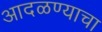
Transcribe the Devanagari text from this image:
आदळण्याचा